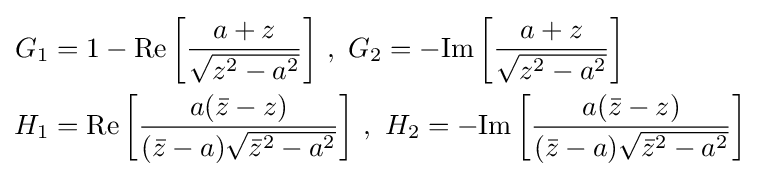
{\begin{aligned}G_{1}&=1-{\text{Re}}\left[{\frac {a+z}{\sqrt {z^{2}-a^{2}}}}\right]\,,\,\,G_{2}=-{\text{Im}}\left[{\frac {a+z}{\sqrt {z^{2}-a^{2}}}}\right]\\H_{1}&={\text{Re}}\left[{\frac {a({\bar {z}}-z)}{({\bar {z}}-a){\sqrt {{\bar {z}}^{2}-a^{2}}}}}\right]\,,\,\,H_{2}=-{\text{Im}}\left[{\frac {a({\bar {z}}-z)}{({\bar {z}}-a){\sqrt {{\bar {z}}^{2}-a^{2}}}}}\right]\end{aligned}}